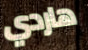
هاردي